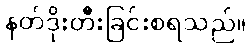
နတ်ဒိုးတီးခြင်းစရသည်။